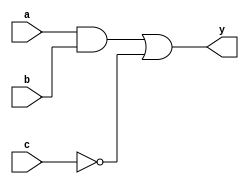
module combinational_logic (
    input wire [3:0] a,      // 4-bit input signal a
    input wire [3:0] b,      // 4-bit input signal b
    input wire [3:0] c,      // 4-bit input signal c
    output reg [3:0] y       // 4-bit output signal y
);

always @(*) begin
    // Combinational logic: Example logic operation
    y = (a & b) | (~c); // Example: AND operation between a and b, OR with NOT of c
end

endmodule